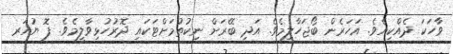
ވާހަކަ ދެއްކިއެވެ. އަހަރެން ބޯޖަހާލީމެވެ. އަދި ބޭރަށް ނިކުތުމަށްޓަކައި ދޮރުހުޅިވާލީމެވެ. ފޮ ޔުއަރ